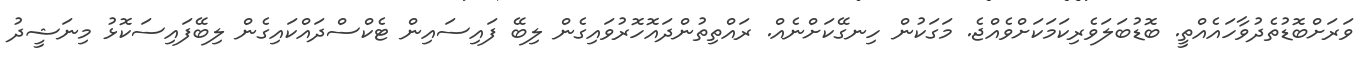
ވަރަށްބޮޑުތެދުވާހައެއްތީ. ބޮޑުބަލަވެރިކަމަކަށްވެއްޖެ. މަގަކުން ހިނގޭކަށްނެއް. ރައްތިތުންދައޮހޮރުވައިގެން ލިބޭ ފައިސައިން ޓެކްސްދައްކައިގެން ލިބޭފައިސަކޮޅު މިނަޝީދު